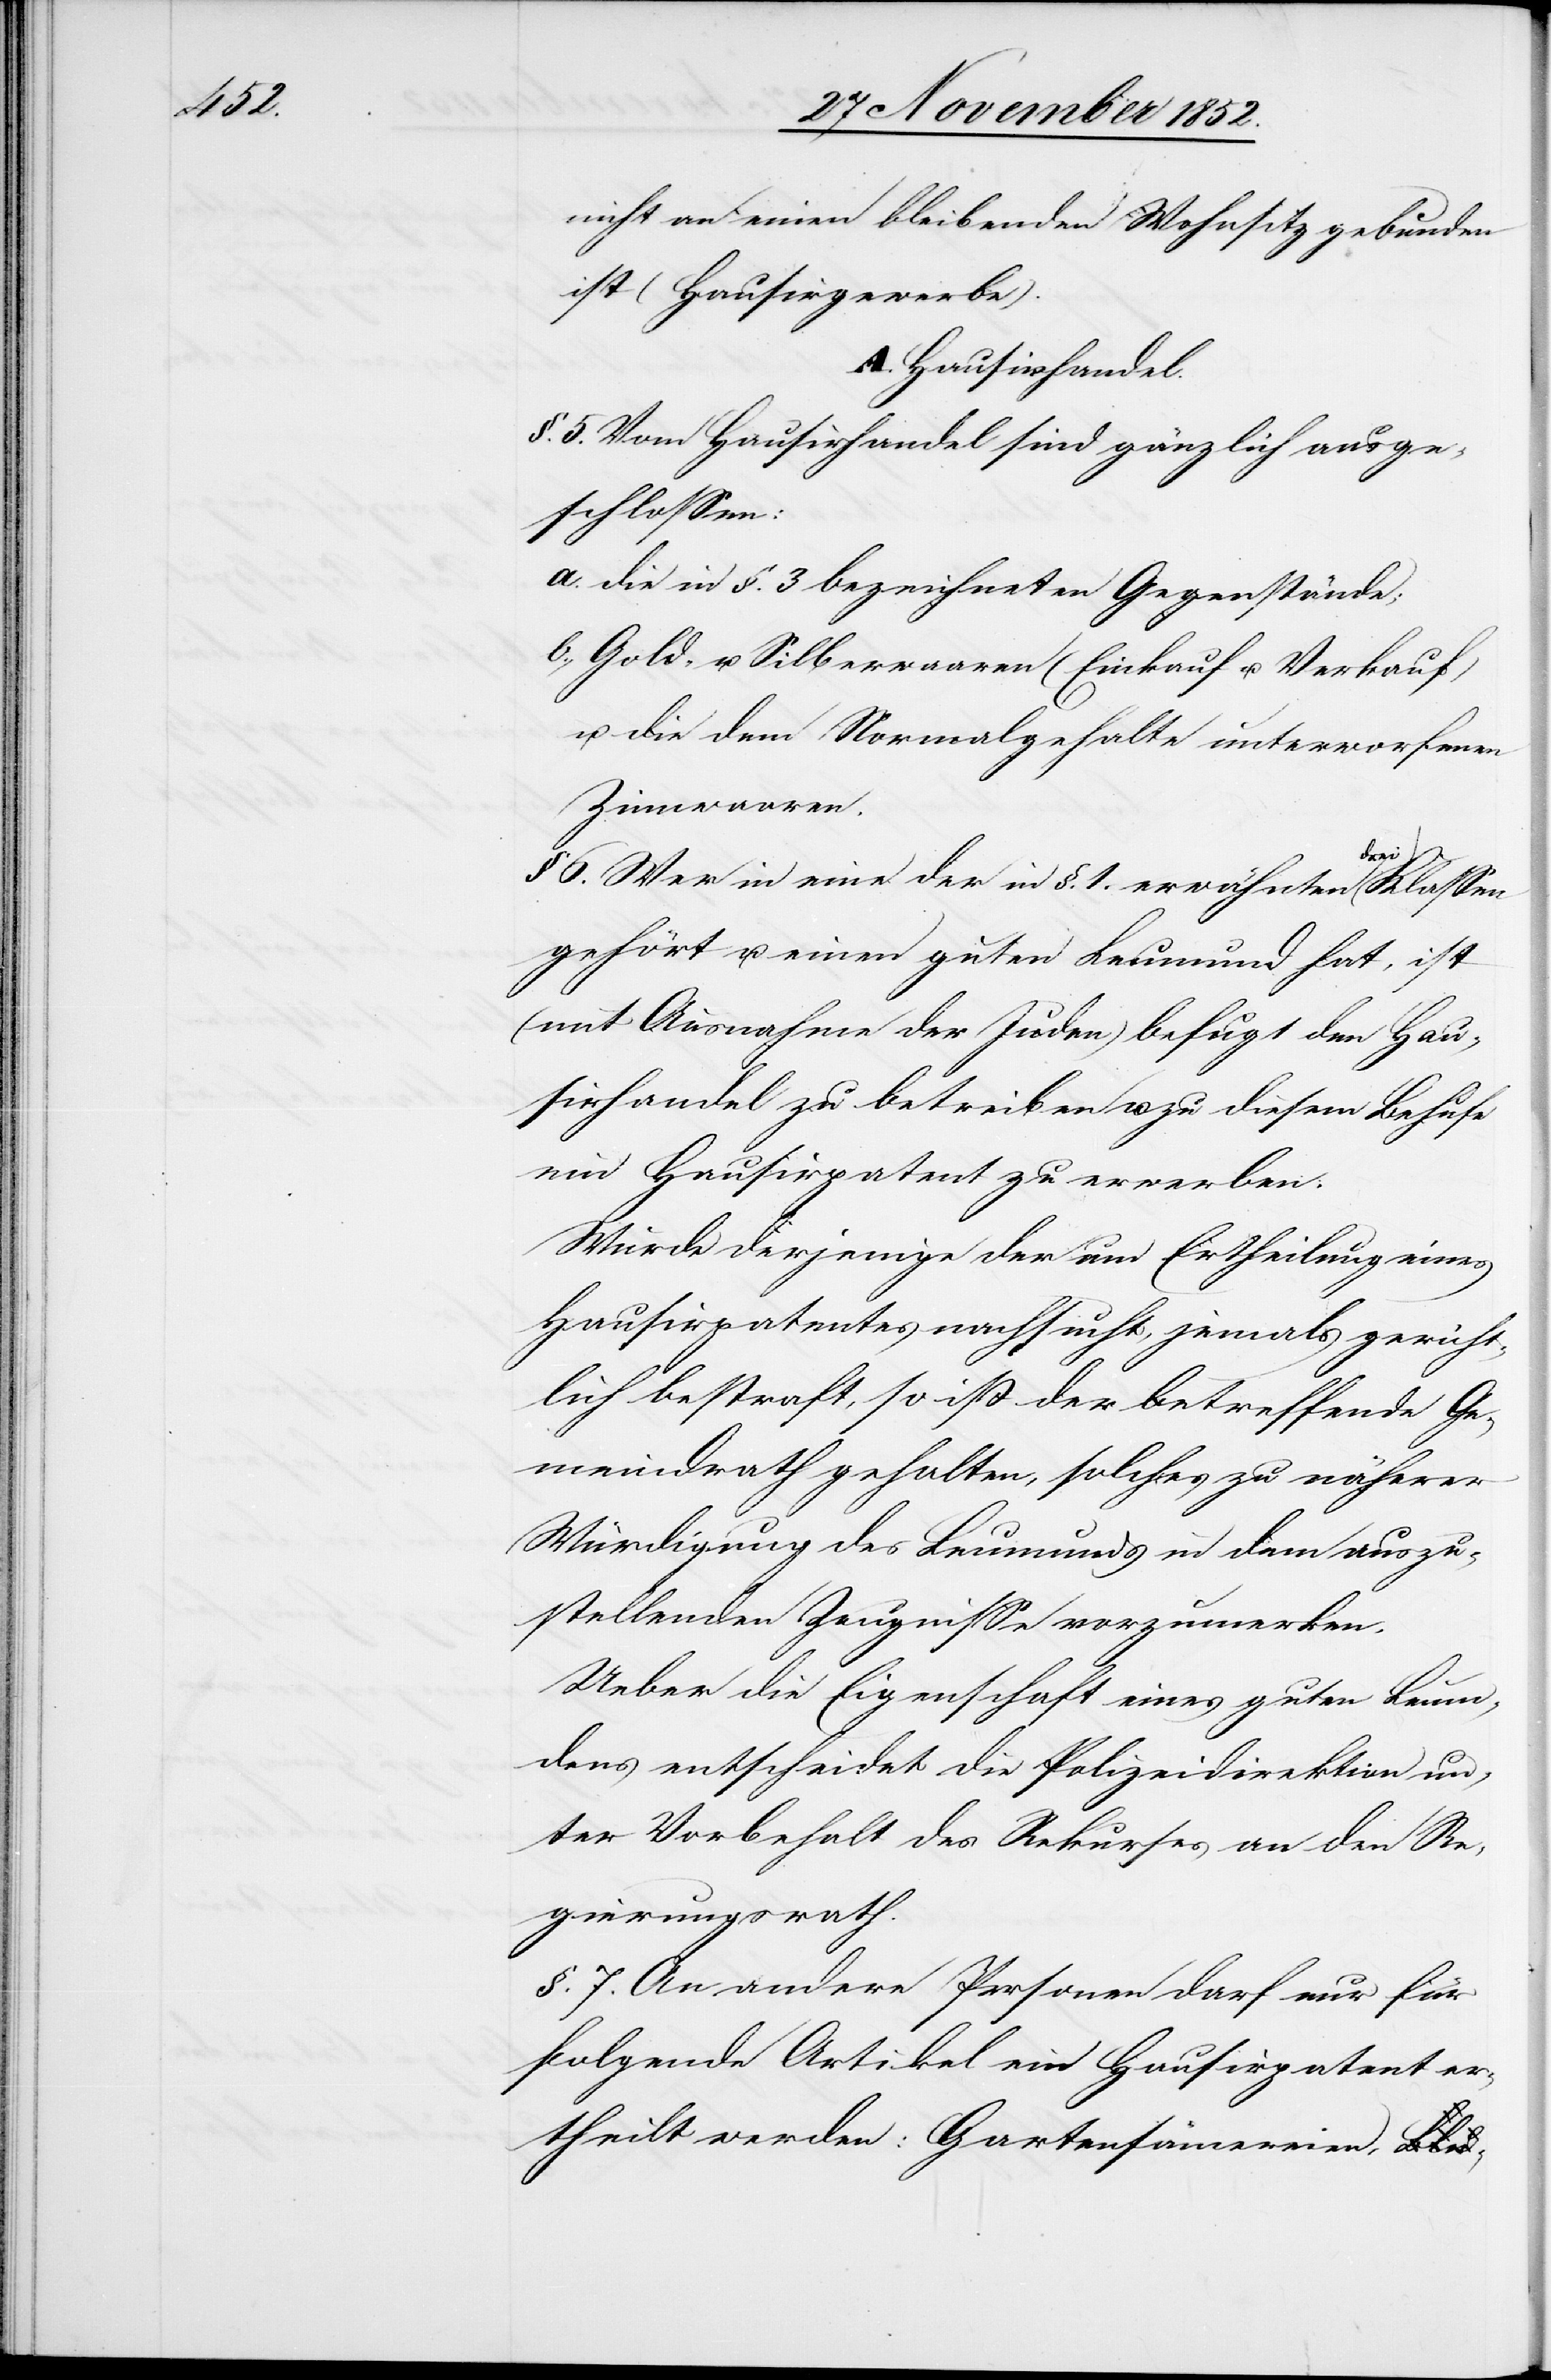
nicht an einen bleibenden Wohnsitz gebunden
ist (Hausirgewerbe).
A. Hausirhandel.
§. 5. Vom Hausirhandel sind gänzlich ausge¬
schlossen:
die in §. 3 bezeichneten Gegenstände;
Gold- u. Silberwaaren (Einkauf u. Verkauf)
u. die dem Normalgehalte unterworfenen
Zinnwaaren.
§. 6. Wer in eine der in §. 1. erwähnten drei Klassen
gehört u. einen guten Leumund hat, ist
(mit Ausnahme der Juden) befugt den Hau¬
sirhandel zu betreiben u. zu diesem Behufe
ein Hausirpatent zu erwerben.
Wurde derjenige der um Ertheilung eines
Hausirpatentes nachsucht, jemals gericht¬
lich bestraft, so ist der betreffende Ge¬
meindrath gehalten, solches zu näherer
Würdigung des Leumunds in dem auszu¬
stellenden Zeugnisse vorzumerken.
Ueber die Eigenschaft eines guten Leum¬
dens entscheidet die Polizeidirektion un¬
ter Vorbehalt des Rekurses an den Re¬
gierungsrath.
§. 7. An andere Personen darf nur für
folgende Artikel ein Hausirpatent er¬
theilt werden: Gartensämereien,